Document type: Clause in a will
Year: 1320
Scribe: Francesc de Torre
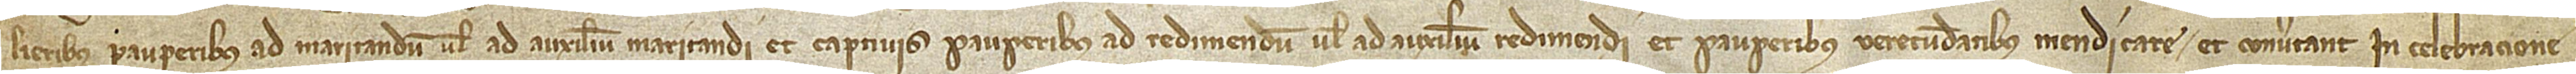
lieribus pauperibus ad maritandum vel ad auxilium maritandi et captivis pauperibus ad redimendum vel ad auxilium redimendi et pauperibus verecundatibus mendicare et convertant in celebracione